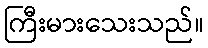
ကြီးမားသေးသည်။